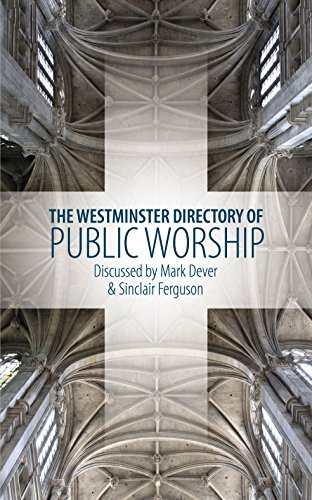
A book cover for The Westminster Directory of Public Worship: Discussed by Mark Dever & Sinclair Ferguson; Mark Dever; Christian Books & Bibles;